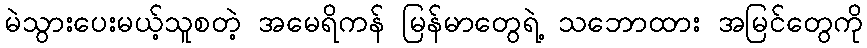
မဲသွားပေးမယ့်သူစတဲ့ အမေရိကန် မြန်မာတွေရဲ့ သဘောထား အမြင်တွေကို